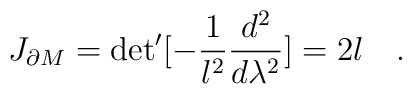
J_{\partial M} = {\rm det}^{\prime}[-{{1}\over{l^2}}      {{d^2}\over{d \lambda^2}}] = 2l \quad .